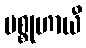
မစ္စုဟာယီ